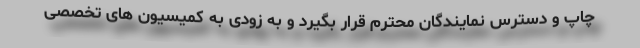
چاپ و دسترس نمایندگان محترم قرار بگیرد و به زودی به کمیسیون های تخصصی